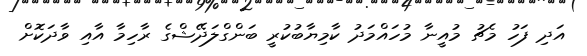
އަދި ފަހު މެޗު މުއީނާ މުހައްމަދު ކާމިޔާބުކުރީ ބަންގްލަދޭޝްގެ ރާހިމާ އާއި ވާދަކޮށް